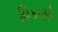
વિકાસો